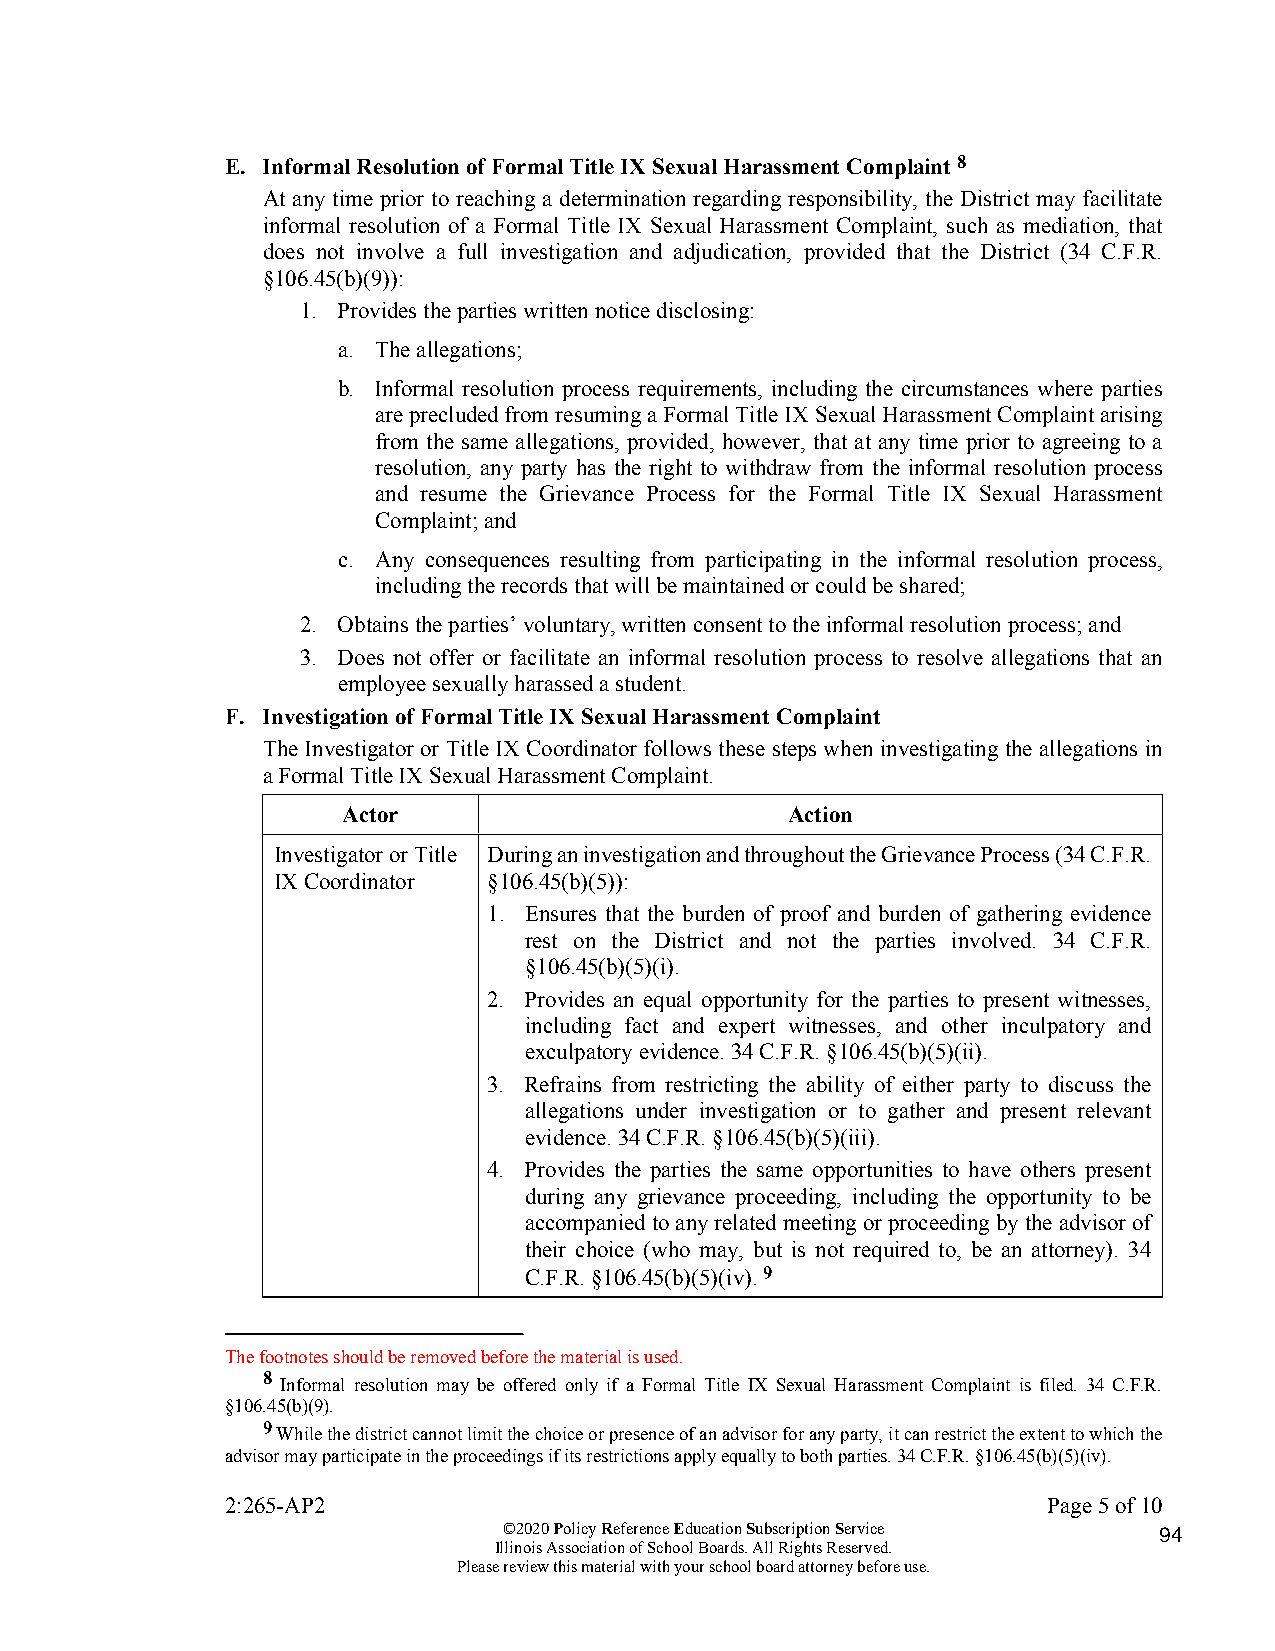
E. Informal Resolution of Formal Title IX Sexual Harassment Complaint 8
 At any time prior to reaching a determination regarding responsibility, the District may facilitate
 informal resolution of a Formal Title IX Sexual Harassment Complaint, such as mediation, that
 does not involve a full investigation and adjudication, provided that the District (34 C.F.R.
 §106.45(b)(9)):
 1. Provides the parties written notice disclosing:
 a. The allegations;
 b. Informal resolution process requirements, including the circumstances where parties
 are precluded from resuming a Formal Title IX Sexual Harassment Complaint arising
 from the same allegations, provided, however, that at any time prior to agreeing to a
 resolution, any party has the right to withdraw from the informal resolution process
 and resume the Grievance Process for the Formal Title IX Sexual Harassment
 Complaint; and
 c. Any consequences resulting from participating in the informal resolution process,
 including the records that will be maintained or could be shared;
 2. Obtains the parties’ voluntary, written consent to the informal resolution process; and
 3. Does not offer or facilitate an informal resolution process to resolve allegations that an
 employee sexually harassed a student.
 F. Investigation of Formal Title IX Sexual Harassment Complaint
 The Investigator or Title IX Coordinator follows these steps when investigating the allegations in
 a Formal Title IX Sexual Harassment Complaint.
 Actor                        Action
 Investigator or Title During an investigation and throughout the Grievance Process (34 C.F.R.
 IX Coordinator §106.45(b)(5)):
 1. Ensures that the burden of proof and burden of gathering evidence
 rest on the District and not the parties involved. 34 C.F.R.
 §106.45(b)(5)(i).
 2. Provides an equal opportunity for the parties to present witnesses,
 including fact and expert witnesses, and other inculpatory and
 exculpatory evidence. 34 C.F.R. §106.45(b)(5)(ii).
 3. Refrains from restricting the ability of either party to discuss the
 allegations under investigation or to gather and present relevant
 evidence. 34 C.F.R. §106.45(b)(5)(iii).
 4. Provides the parties the same opportunities to have others present
 during any grievance proceeding, including the opportunity to be
 accompanied to any related meeting or proceeding by the advisor of
 their choice (who may, but is not required to, be an attorney). 34
 C.F.R. §106.45(b)(5)(iv). 9
 The footnotes should be removed before the material is used.
 8 Informal resolution may be offered only if a Formal Title IX Sexual Harassment Complaint is filed. 34 C.F.R.
 §106.45(b)(9).
 9 While the district cannot limit the choice or presence of an advisor for any party, it can restrict the extent to which the
 advisor may participate in the proceedings if its restrictions apply equally to both parties. 34 C.F.R. §106.45(b)(5)(iv).
 2:265-AP2                                             Page 5 of 10
 ©2020 Policy Reference Education Subscription Service 94
 Illinois Association of School Boards. All Rights Reserved.
 Please review this material with your school board attorney before use.